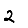
Digit: 2